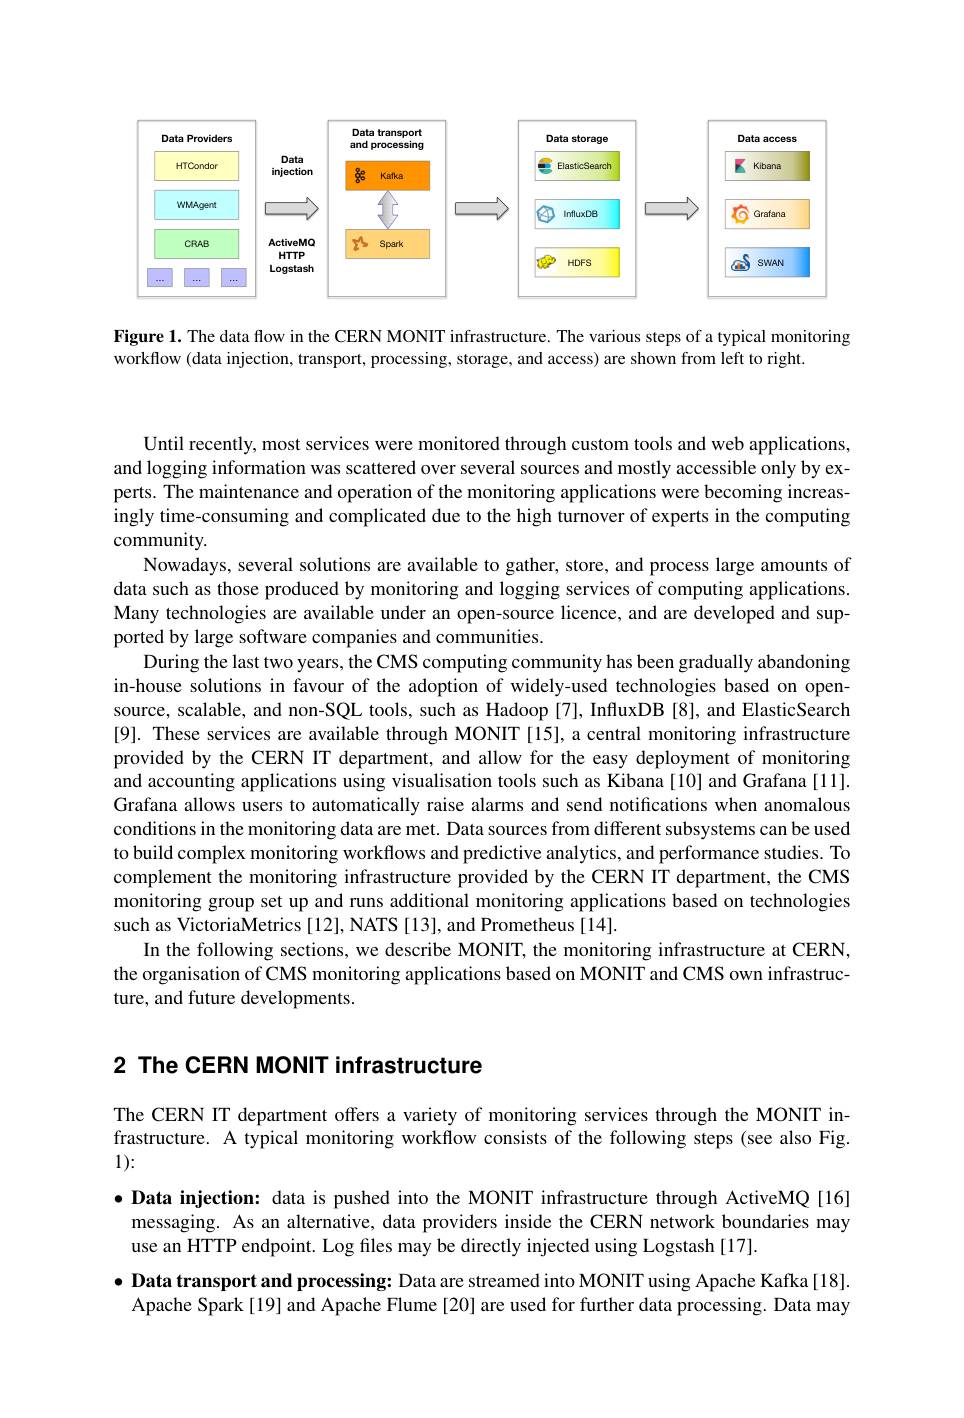
<FigureHere>

Figure 1. The data flow in the CERN MONIT infrastructure. The various steps of a typical monitoring
workflow (data injection, transport, processing, storage, and access) are shown from left to right.

Until recently, most services were monitored through custom tools and web applications, and logging information was scattered over several sources and mostly accessible only by experts. The maintenance and operation of the monitoring applications were becoming increasingly time-consuming and complicated due to the high turnover of experts in the computing community.
Nowadays, several solutions are available to gather, store, and process large amounts of data such as those produced by monitoring and logging services of computing applications Many technologies are available under an open-source licence, and are developed and sup ported by large software companies and communities.
During the last two years, the CMS computing community has been gradually abandoning in-house solutions in favour of the adoption of widely-used technologies based on opensource, scalable, and non-SQL tools, such as Hadoop [7], InfluxDB [8], and ElasticSearch [9]. These services are available through MONIT [15], a central monitoring infrastructure provided by the CERN IT department, and allow for the easy deployment of monitoring and accounting applications using visualisation tools such as Kibana[10] and Grafana[11]. Grafana allows users to automatically raise alarms and send notifications when anomalous conditions in the monitoring data are met. Data sources from different subsystems can be used to build complex monitoring workflows and predictive analytics, and performance studies. To complement the monitoring infrastructure provided by the CERN IT department, the CMS monitoring group set up and runs additional monitoring applications based on technologies such as VictoriaMetrics [12], NATS [13], and Prometheus [14].
In the following sections, we describe MONIT, the monitoring infrastructure at CERN, the organisation of CMS monitoring applications based on MONIT and CMS own infrastructure, and future developments.

## 2 The CERN MONIT infrastructure

The CERN IT department offers a variety of monitoring services through the MONIT infrastructure. A typical monitoring workflow consists of the following steps (see also Fig 1):

$\bullet$ Data injection: data is pushed into the MONIT infrastructure through ActiveMQ[16] messaging. As an alternative, data providers inside the CERN network boundaries may use an HTTP endpoint. Log files may be directly injected using Logstash [17]
$\bullet$ Data transport and processing: Data are streamed into MONIT using Apache Kafka[18] Apache Spark[19] and Apache Flume [20] are used for further data processing. Data may